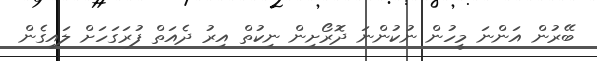
ބޭރުން އަންނަ މީހުން ނުކުންނަ ދޮރޯށިން ނިކުތް އިރު ދެއަތް ފުރަގަހަށް ލައިގެން